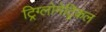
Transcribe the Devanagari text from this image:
ट्रिग्लोमेट्रिकल